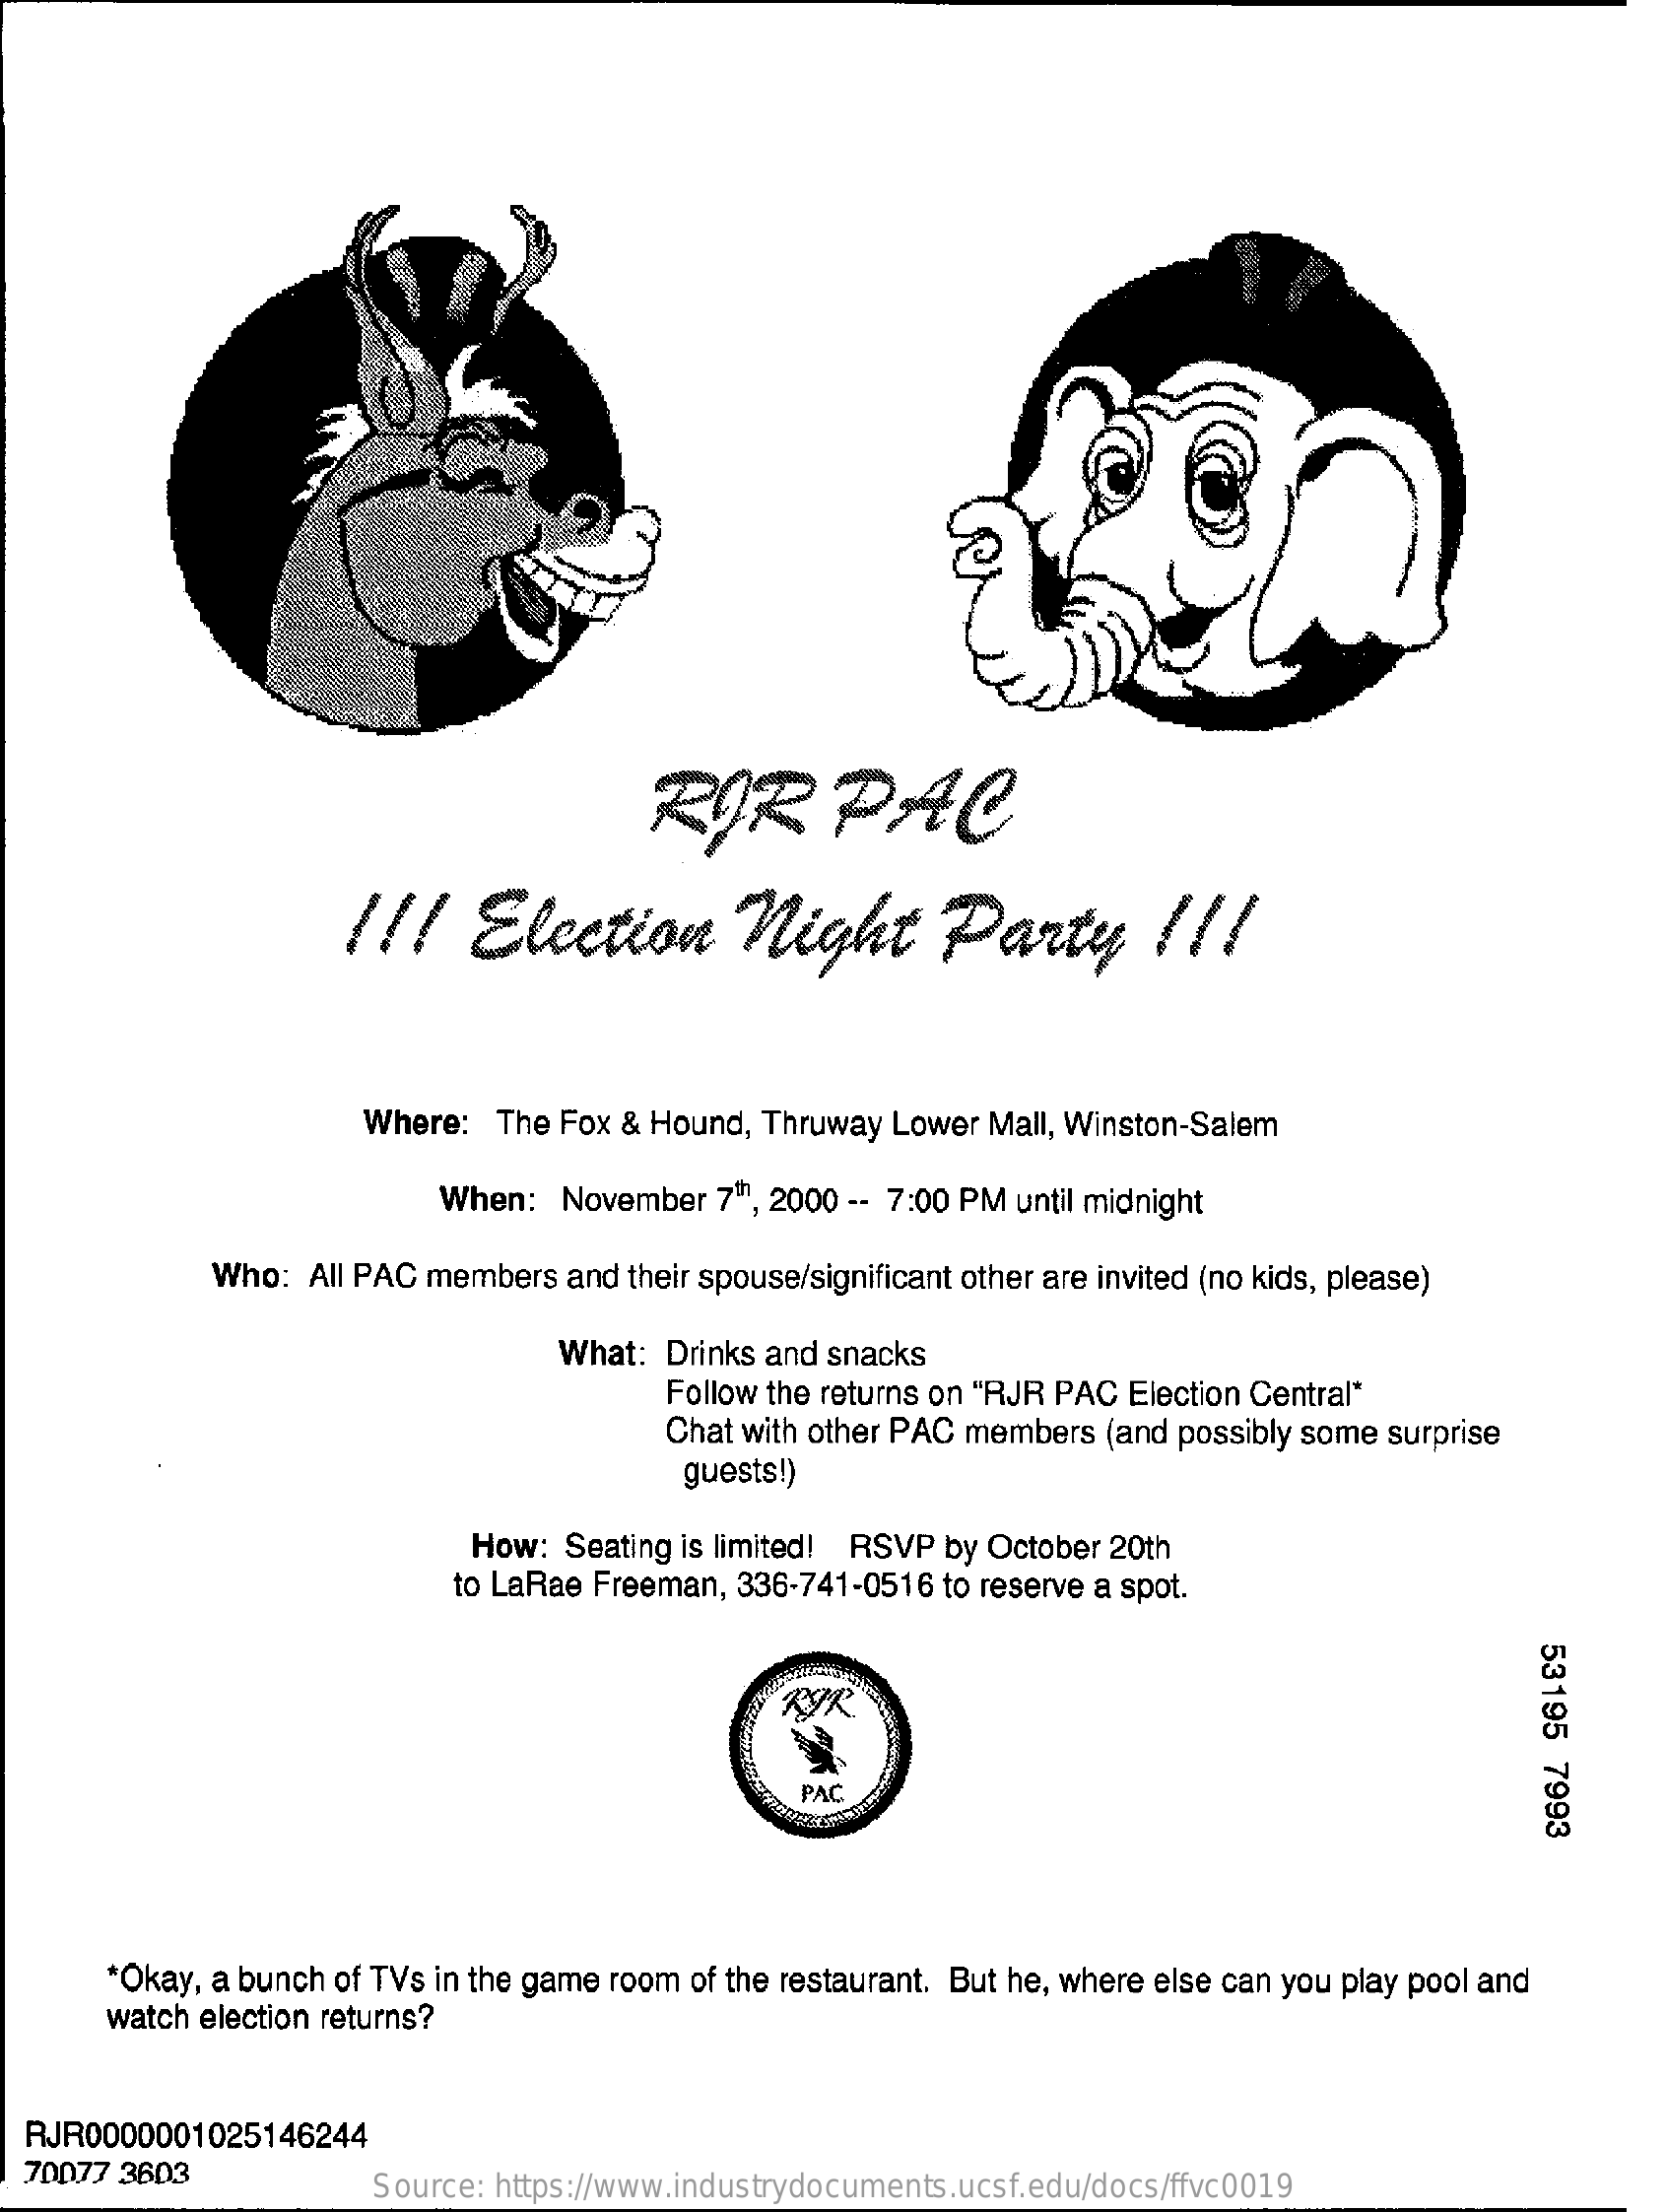
RIR    PAC
     !!!   Election    night    Party    !!!
     Where: The Fox & Hound, Thruway Lower Mall, Winston-Salem
     When:  November 7th, 2000 -- 7:00 PM until midnight
     Who: All PAC members and their spouse/significant other are invited (no kids, please)
     What: Drinks and snacks
     Follow the returns on "RJR PAC Election Central"
     Chat with other PAC members (and possibly some surprise
     guests!)
     How: Seating is limited! RSVP by October 20th
     to LaRae Freeman, 336-741-0516 to reserve a spot.
     53195
     7993 PAC
     *Okay, a bunch of TVs in the game room of the restaurant. But he, where else can you play pool and
     watch election returns?
  RJR0000001025146244
  70077 3603
     Source: https://www.industrydocuments.ucsf.edu/docs/ffvc0019